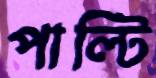
পাল্টি